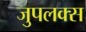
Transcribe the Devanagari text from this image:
जुपलक्स